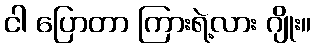
ငါ ပြောတာ ကြားရဲ့လား ဂျိုး။